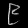
Digit: ၉